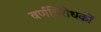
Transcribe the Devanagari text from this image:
वर्णविरोधकों